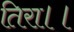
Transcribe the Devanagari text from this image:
तिरा।।